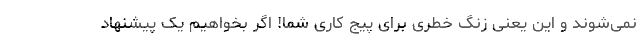
نمی‌شوند و این یعنی زنگ خطری برای پیج کاری شما! اگر بخواهیم یک پیشنهاد